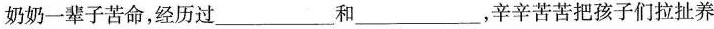
奶奶一辈子苦命，经历过___和___，辛辛苦苦把孩子们拉扯养